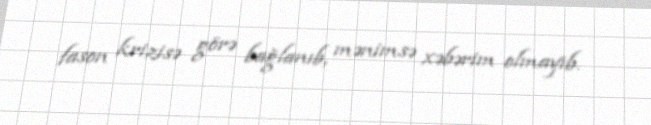
fason krizisə görə bağlanıb, mənimsə xəbərim olmayıb.